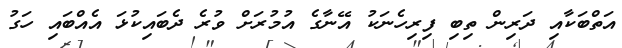
އަތްބަކާއި ދަރިން ތިބި ފިރިހެނަކު އޭނާގެ އުމުރަށް ވުރެ ދެބައިކުޅަ އެއްބައި ހަގު